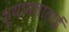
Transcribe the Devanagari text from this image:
श्यामलाताई